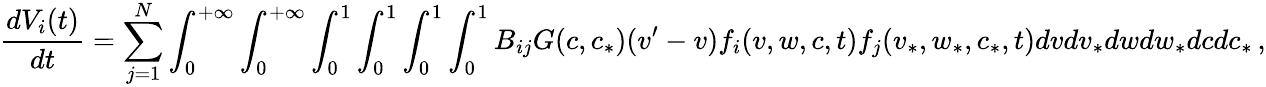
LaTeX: \frac{dV_{i}(t)}{dt}=\sum_{j=1}^{N}\int_{0}^{+\infty}\int_{0}^{+\infty}\int_{0}^{1}\int_{0}^{1}\int_{0}^{1}\int_{0}^{1}B_{ij}G(c,c_{*})(v^{\prime}-v)f_{i}(v,w,c,t)f_{j}(v_{*},w_{*},c_{*},t)dvdv_{*}dwdw_{*}dcdc_{*}\, ,